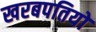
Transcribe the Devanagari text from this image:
खरबपतियों